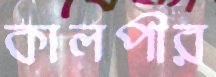
কালপীর